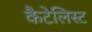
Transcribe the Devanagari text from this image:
कैटेलिस्ट